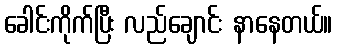
ခေါင်းကိုက်ပြီး လည်ချောင်း နာနေတယ်။